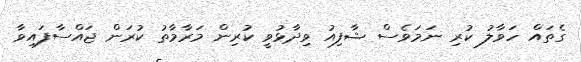
ގެތައް ހަވާލު ކުރި ނަމަވެސް ޝާފިއު ވިދާޅުވީ ކުރިން މަރާމާތު ކުރަން ޖައްސާފައިވާ